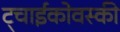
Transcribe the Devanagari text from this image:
ट्चाईकोवस्की